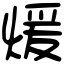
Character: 煖